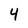
Character: 4